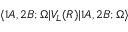
\langle 1 A , 2 B ; \Omega | V _ { L } ( R ) | 1 A , 2 B ; \Omega \rangle